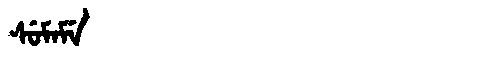
Manchu: ᠰᡠᠮᠠᠮᡝ
Romanization: SUMAME